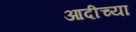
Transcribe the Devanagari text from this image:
आदीच्या